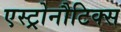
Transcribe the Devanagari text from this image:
एस्ट्रोनौटिक्स